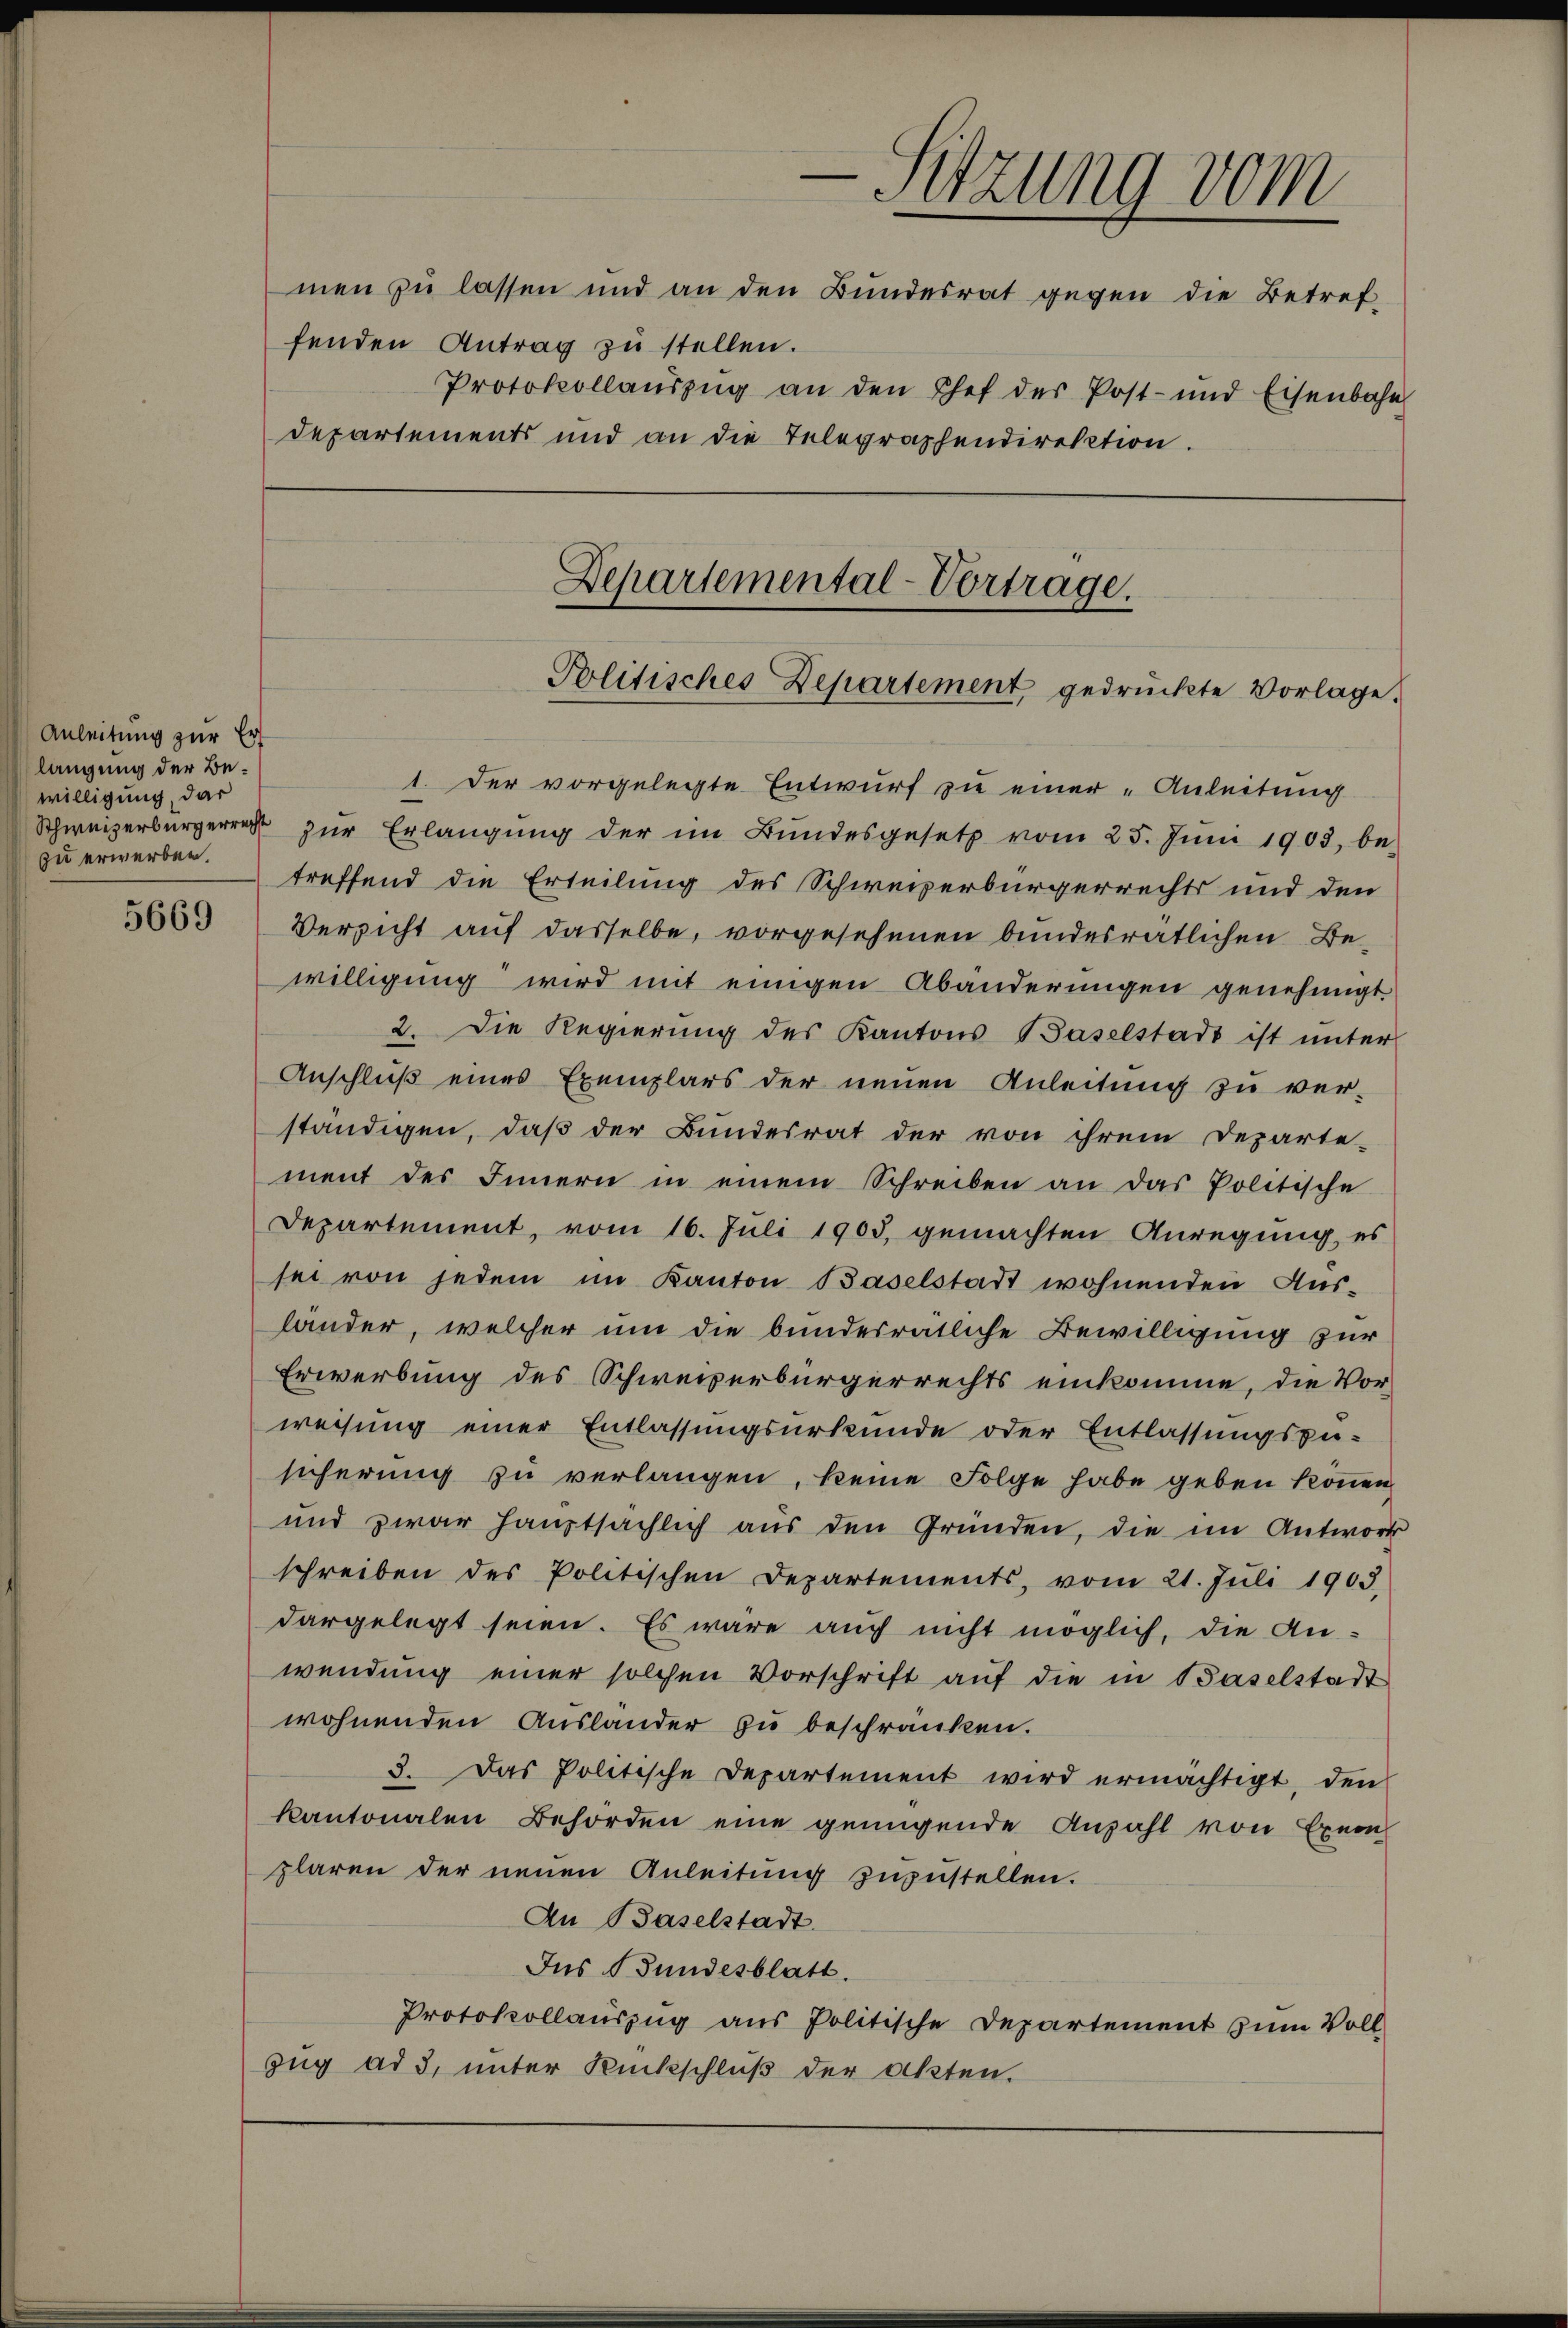
Anleitung zur Er
langung der Bewilligung, das
zu erwerben.

5669

men zu lassen und an den Bundesrat gegen die Betref-
fenden Antrag zu stellen.
Departements und an die Telegraphendirektion.

e
Sitzung vom
Protokollaŭszŭg an den Chef der Post- und Eisenbahn
Departemental-Vortrage.
Politisches Departement gedrückte Vorlage.

1. Der vorgelegte Entwurf zu einer „Anleitung
Schweizerbürgerrecht zŭr Erlangung der im Bundesgesetz vom 25. Jŭni 1903, be-
treffend die Erteilung des Schweizerbürgerrechts und den
Versicht auf dasselbe, vorgesehenen bundesratlichen Bewilligung wird mit einigen Abänderungen genehmigt.
2. Die Regierung des Kantons Baselstadt ist unter
Anschluß eines Exemplars der neuen Anleitung zu ver-
ständigen, daß der Bundesrat der von ihrem Departe-
ment des Innern in einem Schreiben an das Politische
Departement, vom 16. Juli 1903, gemachten Anregung, es
sei von jedem im Kanton Baselstadt wohnenden Aus-
länder, welcher um die bundesrätliche Bewilligung zur
Erwerbung des Schweizerbürgerrechts einkomme, die Vor-
weisung einer Entlassungsurkunde oder Entlassungspu-
sicherung zu verlangen, keine Folge habe geben können.
und zwar hauptsächlich aus den Gründen, die im Antwort
schreiben des Politischen Departements, vom 21. Juli 1903.
dargelegt seien. Es wäre auch nicht möglich, die Anwendung einer solchen Vorschrift auf die in Baselstadt
wohnenden Auslander zu beschränken.
3. Das Politische Departement wird ermächtigt, den
kantonalen Behörden eine genügende Anzahl von Exem
plaren der neuen Anleitŭng zŭzŭstellen.
An Baselstadt.
Ins Bundesblatt.
Protokollauszug aus Politische Departement zum Vollzug ad 3, unter Rückschluß der Akten.